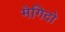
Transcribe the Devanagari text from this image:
मेगिदो